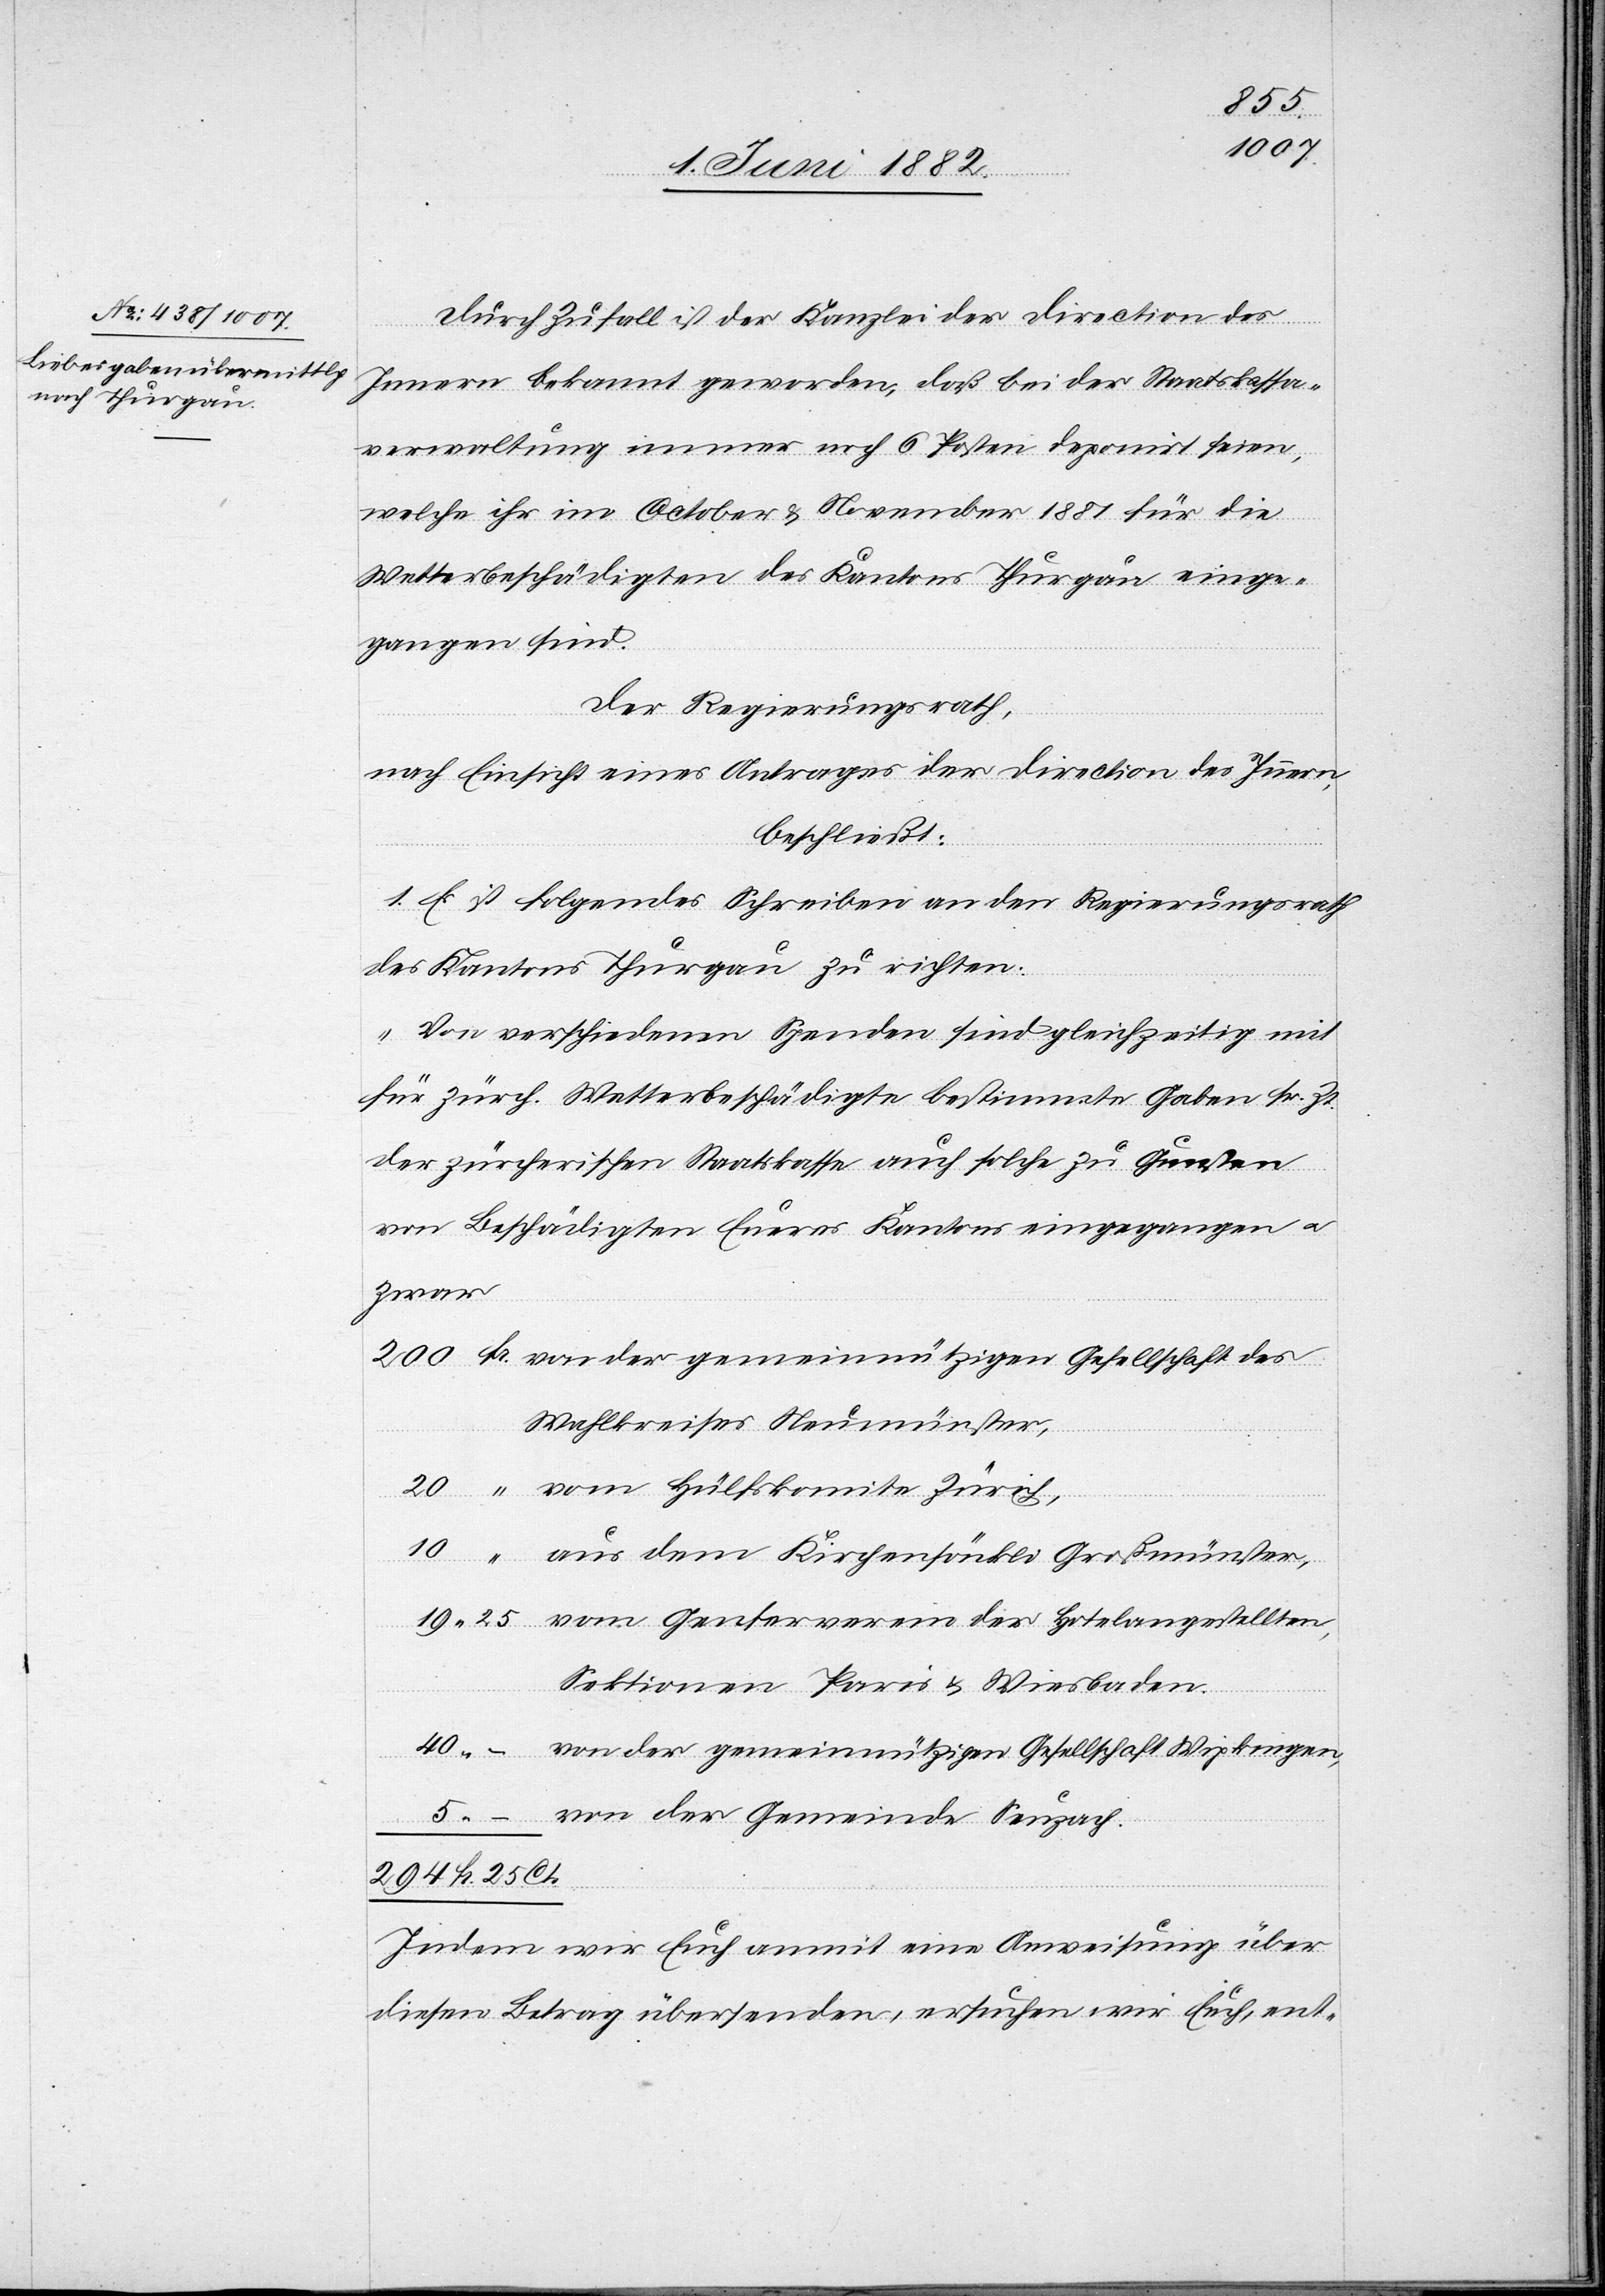
10
Durch Zufall ist der Kanzlei der Direction des
Ct.
Innern bekannt geworden, daß bei der Staatskassa¬
verwaltung immer noch 6 Posten deponirt seien,
welche ihr im October & November 1881 für die
Wetterbeschädigten des Kantons Thurgau einge¬
gangen sind.
Der Regierungsrath,
nach Einsicht eines Antrages der Direction des Innern,
beschließt:
1. Es ist folgendes Schreiben an den Regierungsrath
des Kantons Thurgau zu richten:
„Von verschiedenen Spenden sind gleichzeitig mit
für zürch. Wetterbeschäftigte bestimmte Gaben sr. Zt.
der zürcherischen Staatskasse auch solche zu Gunsten
von Beschädigten Eueres Kantons eingegangen u.
zwar
von der gemeinnützigen Gesellschaft des
Wahlkreises Neumünster,
dem
vom Genferverein der Hotelangestellten,
Sektionen Paris & Wiesbaden,
25
von der gemeinnützigen Gesellschaft Wipkingen,
von der Gemeinde Seuzach.
Indem wir Euch anmit eine Anweisung über
diesen Betrag übersenden, ersuchen wir Euch, ent-